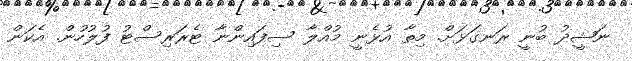
ނަޝީދު ބުނީ ރަނގަޅަށް. މިތާ އުޅެނީ މުއްލާ ސިފައިންނާ ޓެރަރިސްޓު ފުލުހުން. އެކަން